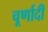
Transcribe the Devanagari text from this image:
चूर्णादी